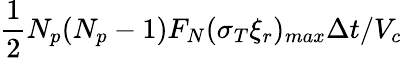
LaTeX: \frac{1}{2}N_{p}(N_{p}-1)F_{N}(\sigma_{T}\xi_{r})_{max}\Delta t/V_{c}